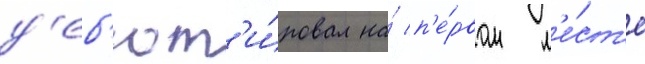
д'еб'ют'и́ровал на́ п'е́рвом м'е́ст'е